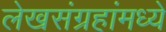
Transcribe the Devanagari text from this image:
लेखसंग्रहांमध्ये